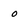
Character: 0